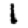
Digit: 1